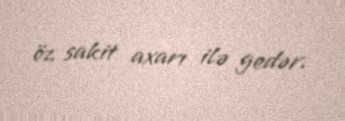
öz sakit axarı ilə gedər.